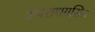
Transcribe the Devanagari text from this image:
अपराधग्रसित